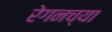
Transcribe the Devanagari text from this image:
रेगनच्या